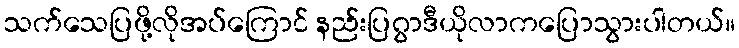
သက်သေပြဖို့လိုအပ်ကြောင် နည်းပြဂွာဒီယိုလာကပြောသွားပါတယ်။